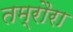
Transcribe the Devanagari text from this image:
तम्रौरा